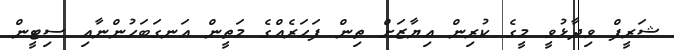
ޝަރީފް ވިދާޅުވީ މީގެ ކުރިން އިޔާޒަށް ތިން ފަހަރެއްގެ މަތީން އަނގަބަހުންނާއި ސިޓީން